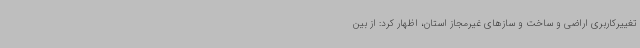
تغییرکاربری اراضی و ساخت و سازهای غیرمجاز استان، اظهار کرد: از بین